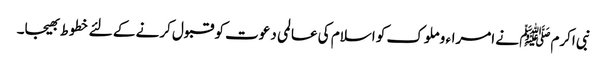
نبی اکرمﷺ نے امراء و ملوک کو اسلام کی عالمی دعوت کو قبول کرنے کے لئے خطوط بھیجا۔